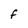
Character: F